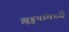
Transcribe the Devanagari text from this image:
झुडुपांमध्ये